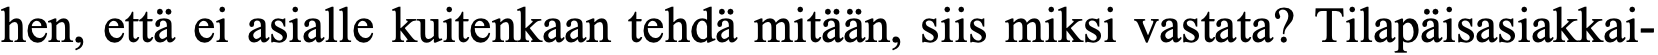
hen, että ei asialle kuitenkaan tehdä mitään, siis miksi vastata? Tilapäisasiakkai-